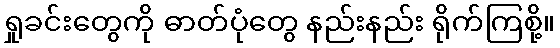
ရှုခင်းတွေကို ဓာတ်ပုံတွေ နည်းနည်း ရိုက်ကြစို့။